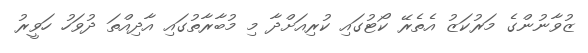
ޒުވާނުންގެ މަރުކަޒު އެތެރޭ ކޯޓުގައި ކުރިއަށްދާ މި މުބާރާތުގައި އާދިއްތަ ދުވަހު ހަވީރު